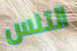
التنس